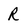
Character: R